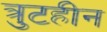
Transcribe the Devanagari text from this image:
त्रुटहीन